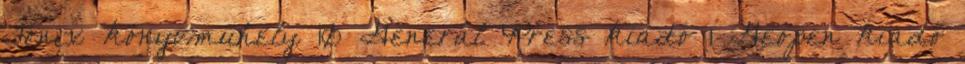
Főnix könyvműhely 10 Generál Press kiadó 1 Geopen kiadó